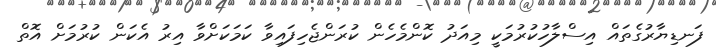
ފަނޑިޔާރުގެތައް އިސްލާހުކުރުމަކީ މިއަދު ކޮންމެހެން ކުރަންޖެހިފައިވާ ކަމަކަށްވާ އިރު އެކަން ކުރުމަށް އޮތް